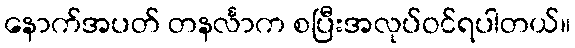
နောက်အပတ် တနင်္လာက စပြီးအလုပ်ဝင်ရပါတယ်။